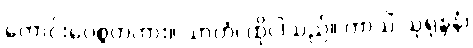
ကောင်းပေစွတကား။ သာဟံ၊ ထိုငါသည်။ ကာသိံ သုရုန္ဒနံ၊